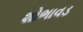
શોભાવડ